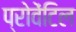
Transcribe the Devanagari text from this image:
प्रोवेंटिल